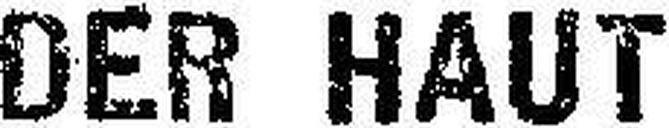
DER HAUT